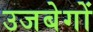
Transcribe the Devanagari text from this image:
उजबेगों